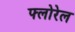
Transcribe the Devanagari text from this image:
फ्लोरेल